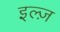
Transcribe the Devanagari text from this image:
इल्ज़